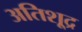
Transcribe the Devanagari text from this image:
अतिशू्द्र